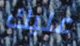
عليك